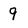
Character: 9